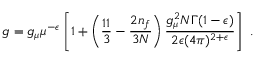
g = g _ { \mu } \mu ^ { - \epsilon } \left[ 1 + \left( \frac { 1 1 } { 3 } - \frac { 2 n _ { f } } { 3 N } \right) \frac { g _ { \mu } ^ { 2 } N \Gamma ( 1 - \epsilon ) } { 2 \epsilon ( 4 \pi ) ^ { 2 + \epsilon } } \right] ~ .